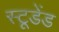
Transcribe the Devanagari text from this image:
स्टूडेंड